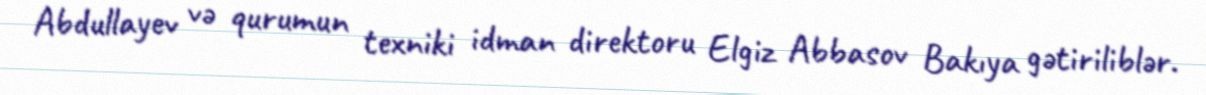
Abdullayev və qurumun texniki idman direktoru Elgiz Abbasov Bakıya gətiriliblər.